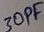
Text: 30pF